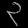
Digit: ၃